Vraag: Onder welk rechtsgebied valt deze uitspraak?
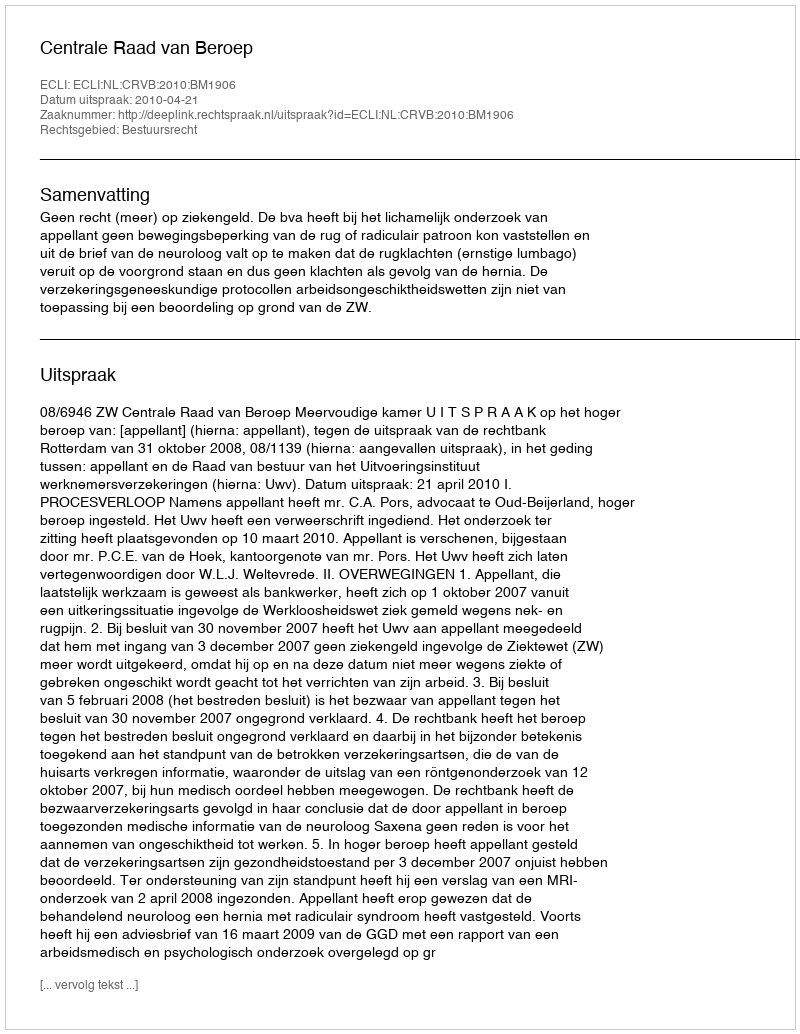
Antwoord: Bestuursrecht